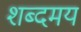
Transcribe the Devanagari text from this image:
शब्दमय